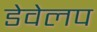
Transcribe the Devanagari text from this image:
डेवेलप